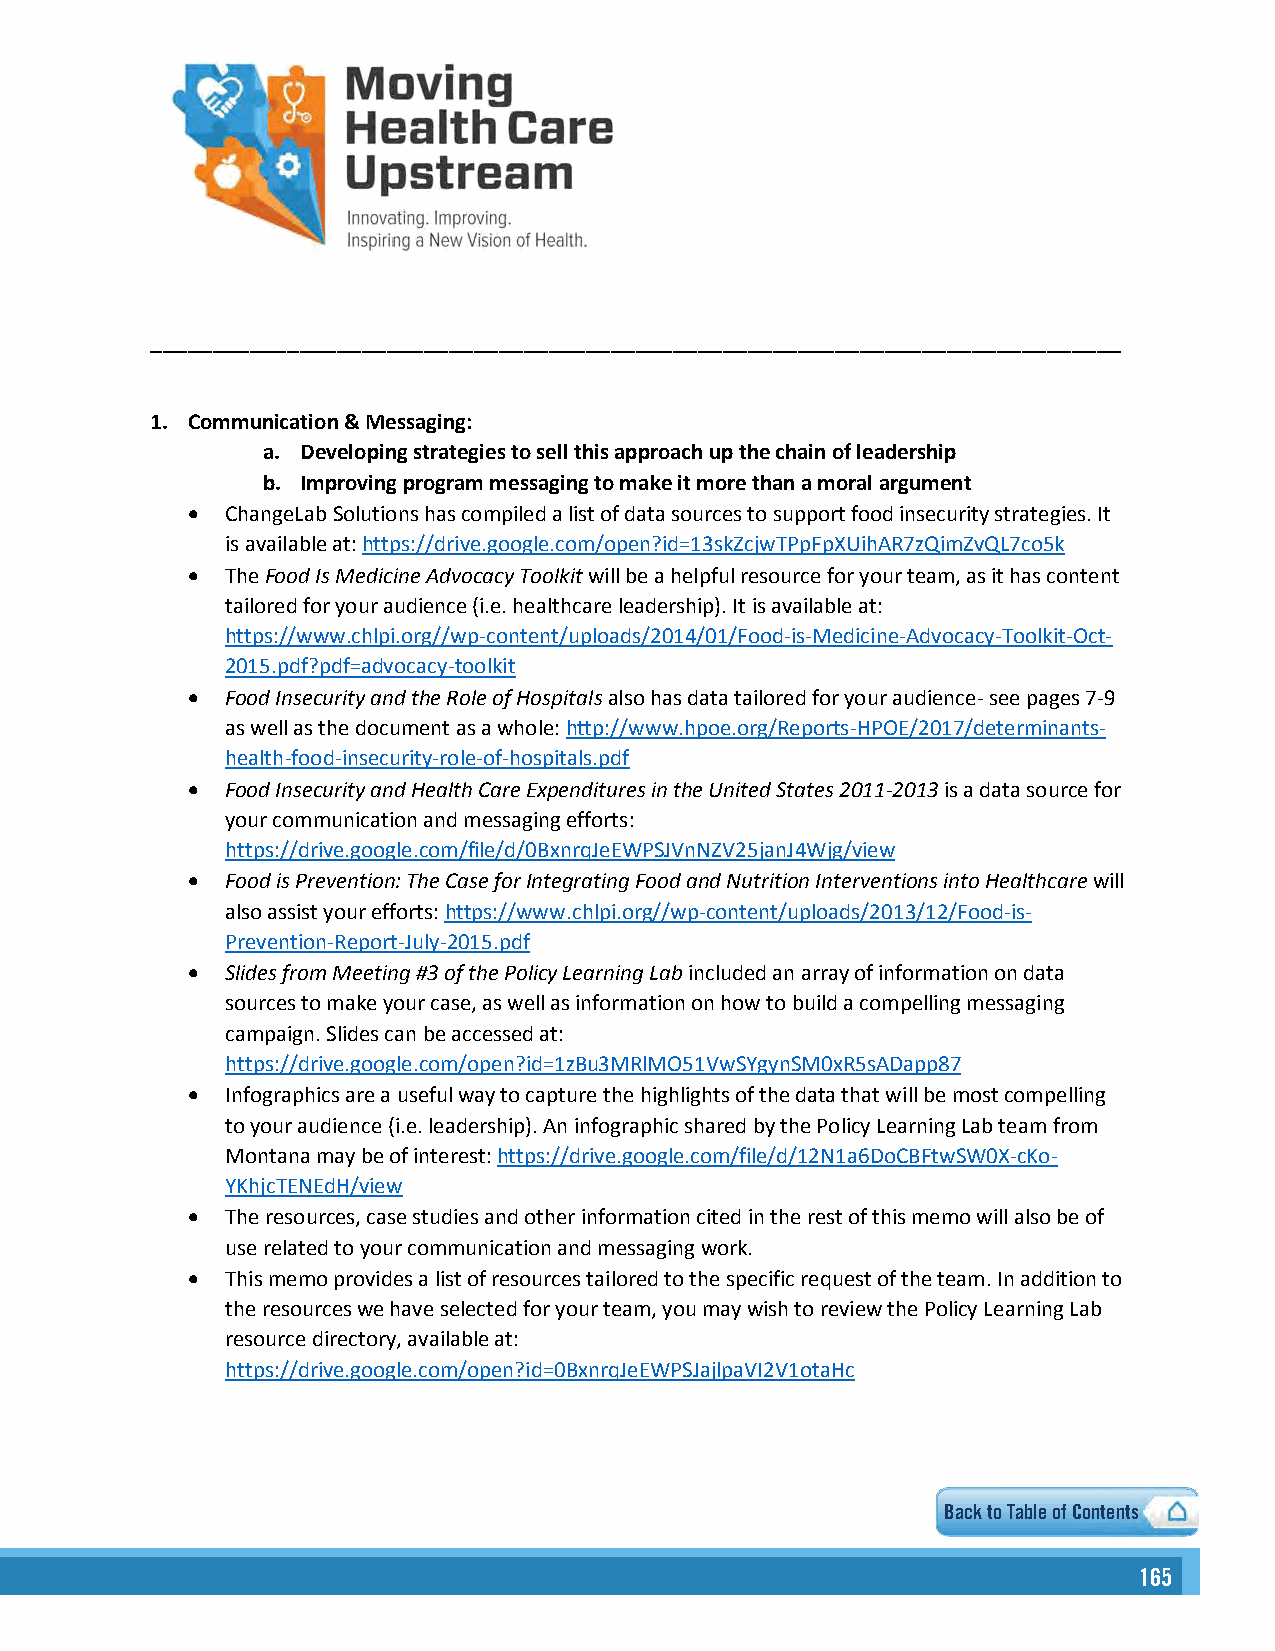
______________________________________________________________________________
 1. Communication & Messaging:
 a. Developing strategies to sell this approach up the chain of leadership
 b. Improving program messaging to make it more than a moral argument
 •  ChangeLab Solutions has compiled a list of data sources to support food insecurity strategies. It
 is available at: https://drive.google.com/open?id=13skZcjwTPpFpXUihAR7zQimZvQL7co5k
 •  The Food Is Medicine Advocacy Toolkit will be a helpful resource for your team, as it has content
 tailored for your audience (i.e. healthcare leadership). It is available at:
 https://www.chlpi.org//wp-content/uploads/2014/01/Food-is-Medicine-Advocacy-Toolkit-Oct-
 2015.pdf?pdf=advocacy-toolkit
 •  Food Insecurity and the Role of Hospitals also has data tailored for your audience- see pages 7-9
 as well as the document as a whole: http://www.hpoe.org/Reports-HPOE/2017/determinants-
 health-food-insecurity-role-of-hospitals.pdf
 •  Food Insecurity and Health Care Expenditures in the United States 2011-2013 is a data source for
 your communication and messaging efforts:
 https://drive.google.com/file/d/0BxnrqJeEWPSJVnNZV25janJ4Wjg/view
 •  Food is Prevention: The Case for Integrating Food and Nutrition Interventions into Healthcare will
 also assist your efforts: https://www.chlpi.org//wp-content/uploads/2013/12/Food-is-
 Prevention-Report-July-2015.pdf
 •  Slides from Meeting #3 of the Policy Learning Lab included an array of information on data
 sources to make your case, as well as information on how to build a compelling messaging
 campaign. Slides can be accessed at:
 https://drive.google.com/open?id=1zBu3MRlMO51VwSYgynSM0xR5sADapp87
 •  Infographics are a useful way to capture the highlights of the data that will be most compelling
 to your audience (i.e. leadership). An infographic shared by the Policy Learning Lab team from
 Montana may be of interest: https://drive.google.com/file/d/12N1a6DoCBFtwSW0X-cKo-
 YKhjcTENEdH/view
 •  The resources, case studies and other information cited in the rest of this memo will also be of
 use related to your communication and messaging work.
 •  This memo provides a list of resources tailored to the specific request of the team. In addition to
 the resources we have selected for your team, you may wish to review the Policy Learning Lab
 resource directory, available at:
 https://drive.google.com/open?id=0BxnrqJeEWPSJajlpaVI2V1otaHc
 2                    Back to Table of Contents
 116655